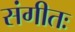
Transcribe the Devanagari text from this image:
संगीतः